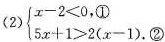
(2) $$)\begin {cases}